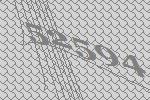
52594